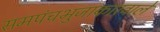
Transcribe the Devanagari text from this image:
समपंचभुजाकारवाले